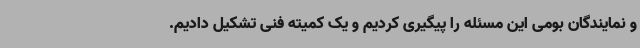
و نمایندگان بومی این مسئله را پیگیری کردیم و یک کمیته فنی تشکیل دادیم.